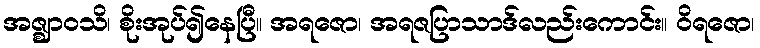
အဇ္ဈာဝသိ၊ စိုးအုပ်၍နေပြီ။ အရဇော၊ အရဇပြာသာဒ်လည်းကောင်း။ ဝိရဇော၊